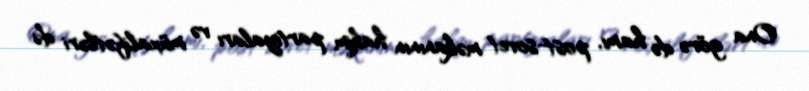
Ona görə də hamı, post-sovet məkanının hakim partiyaları və müxalifətləri də